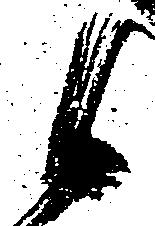
候